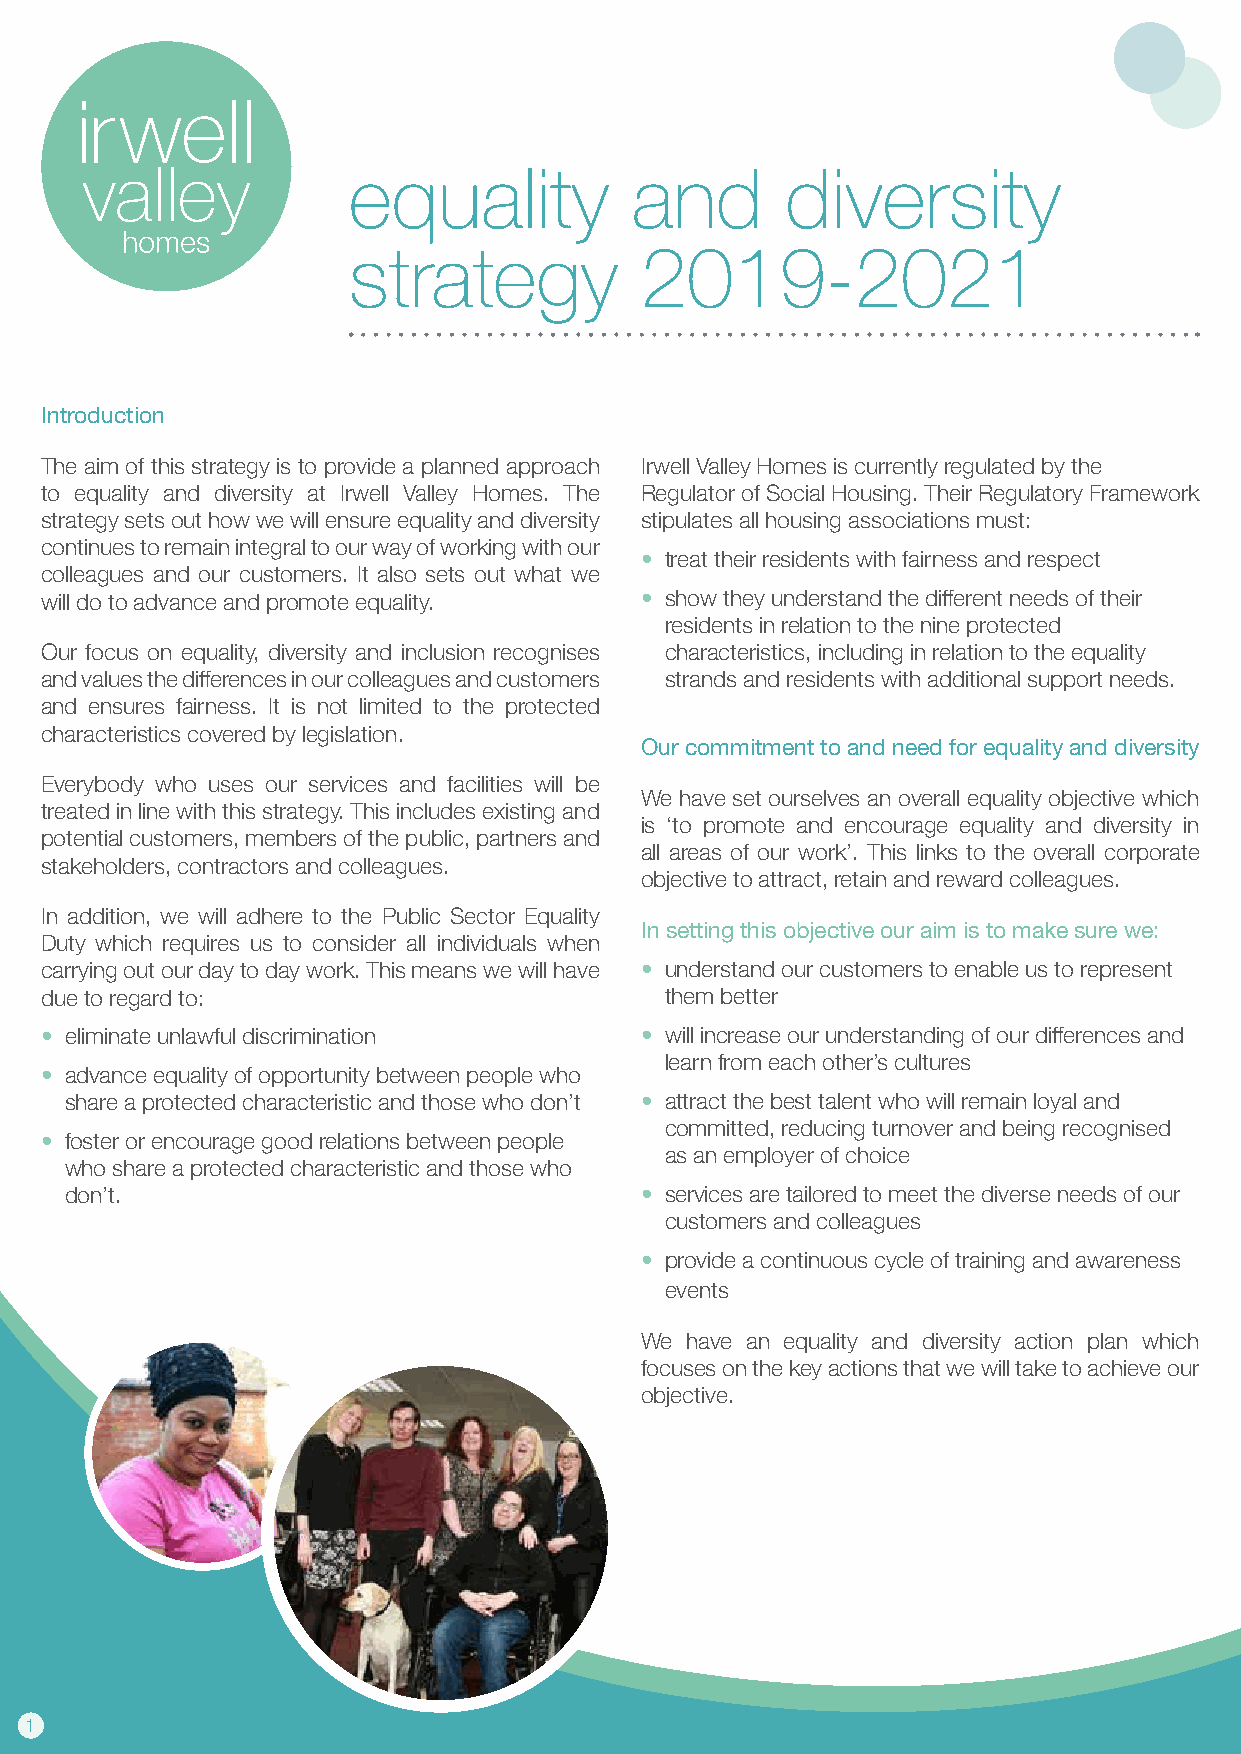
equality           and       diversity
 strategy           2019-2021
 Introduction
 The aim of this strategy is to provide a planned approach Irwell Valley Homes is currently regulated by the
 to equality and diversity at Irwell Valley Homes. The Regulator of Social Housing. Their Regulatory Framework
 strategy sets out how we will ensure equality and diversity stipulates all housing associations must:
 continues to remain integral to our way of working with our
 • treat their residents with fairness and respect
 colleagues and our customers. It also sets out what we
 will do to advance and promote equality. • show they understand the different needs of their
 residents in relation to the nine protected
 Our focus on equality, diversity and inclusion recognises characteristics, including in relation to the equality
 and values the differences in our colleagues and customers strands and residents with additional support needs.
 and ensures fairness. It is not limited to the protected
 characteristics covered by legislation.
 Our commitment to and need for equality and diversity
 Everybody who uses our services and facilities will be
 We have set ourselves an overall equality objective which
 treated in line with this strategy. This includes existing and
 is ‘to promote and encourage equality and diversity in
 potential customers, members of the public, partners and
 all areas of our work’. This links to the overall corporate
 stakeholders, contractors and colleagues.
 objective to attract, retain and reward colleagues.
 In addition, we will adhere to the Public Sector Equality
 In setting this objective our aim is to make sure we:
 Duty which requires us to consider all individuals when
 carrying out our day to day work. This means we will have • understand our customers to enable us to represent
 due to regard to:                        them better
 • eliminate unlawful discrimination    • will increase our understanding of our differences and
 learn from each other’s cultures
 • advance equality of opportunity between people who
 share a protected characteristic and those who don’t • attract the best talent who will remain loyal and
 committed, reducing turnover and being recognised
 • foster or encourage good relations between people
 as an employer of choice
 who share a protected characteristic and those who
 don’t.                                • services are tailored to meet the diverse needs of our
 customers and colleagues
 • provide a continuous cycle of training and awareness
 events
 We have an equality and diversity action plan which
 focuses on the key actions that we will take to achieve our
 objective.
 1